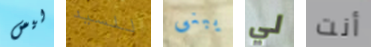
ليس للسيد يبنى لي أنت